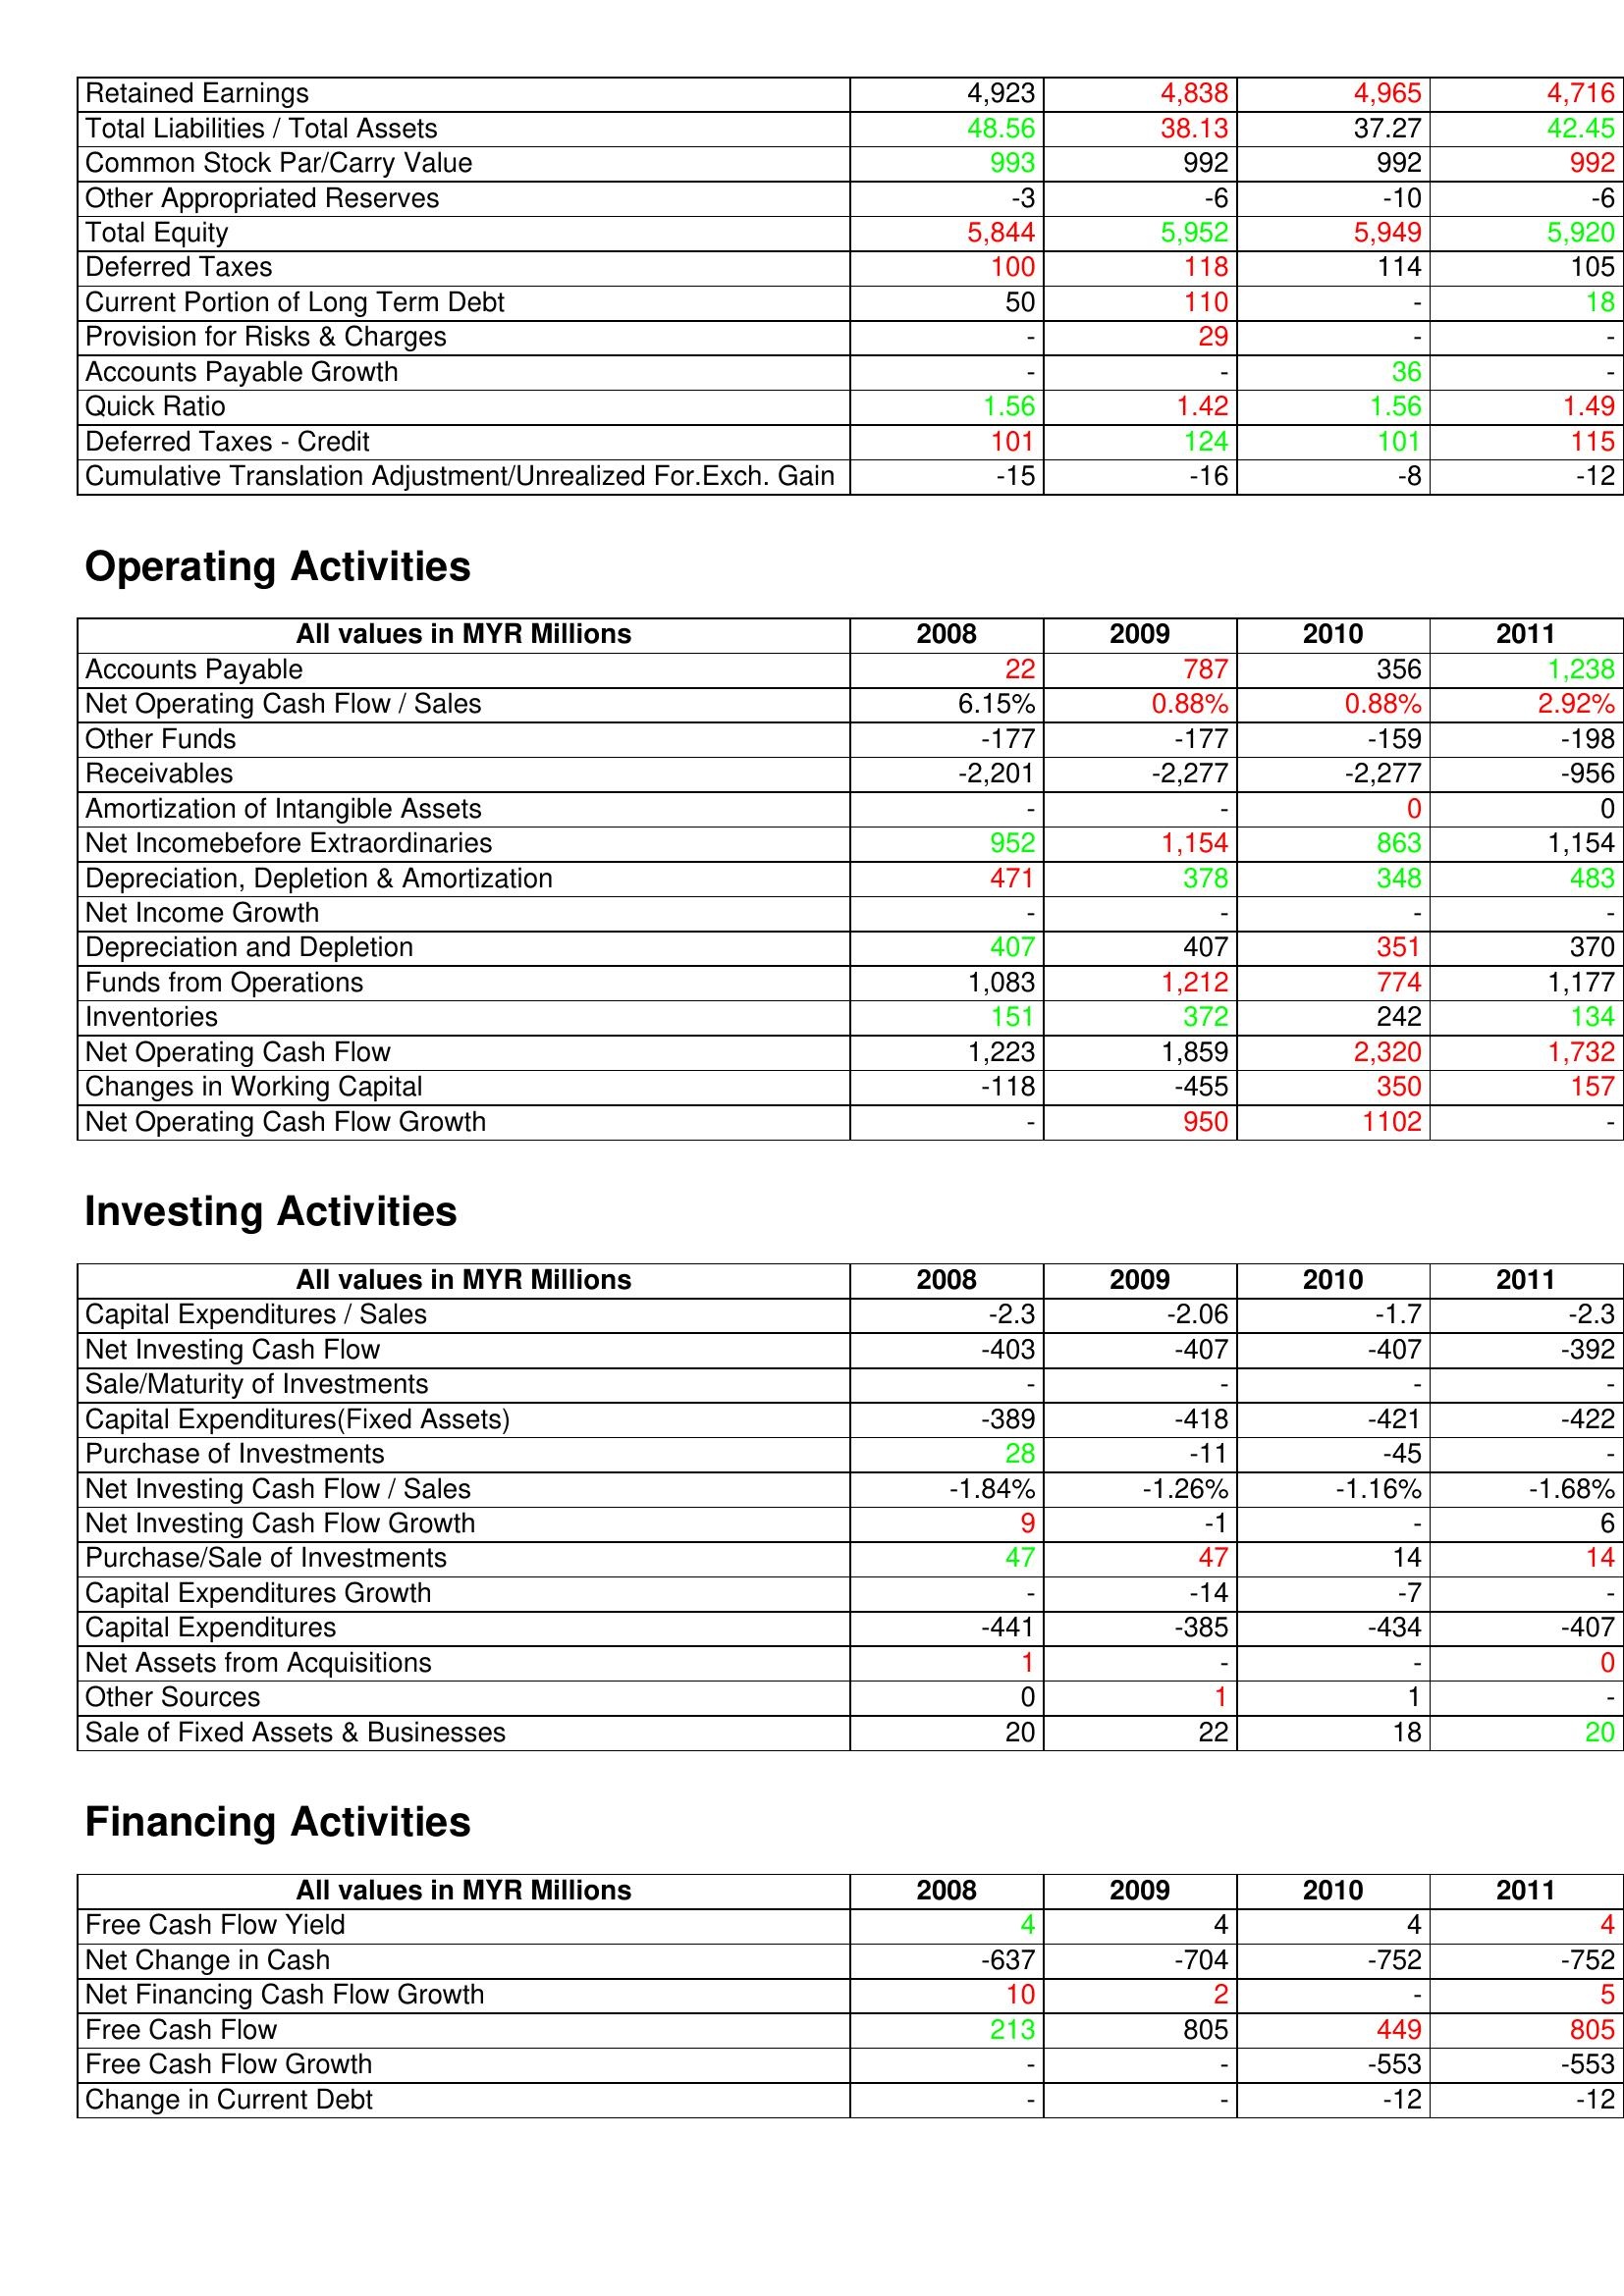
gt_parse: 2008: Liabilities & Shareholder's Equity: Retained Earnings: 4,923
Total Liabilities / Total Assets: 48.56
Common Stock Par/Carry Value: 993
Other Appropriated Reserves: -3
Total Equity: 5,844
Deferred Taxes: 100
Current Portion of Long Term Debt: 50
Provision for Risks & Charges: -
Accounts Payable Growth: -
Quick Ratio: 1.56
Deferred Taxes - Credit: 101
Cumulative Translation Adjustment/Unrealized For.Exch. Gain: -15
Operating Activities: Accounts Payable: 22
Net Operating Cash Flow / Sales: 6.15%
Other Funds: -177
Receivables: -2,201
Amortization of Intangible Assets: -
Net Incomebefore Extraordinaries: 952
Depreciation, Depletion & Amortization: 471
Net Income Growth: -
Depreciation and Depletion: 407
Funds from Operations: 1,083
Inventories: 151
Net Operating Cash Flow: 1,223
Changes in Working Capital: -118
Net Operating Cash Flow Growth: -
Investing Activities: Capital Expenditures / Sales: -2.3
Net Investing Cash Flow: -403
Sale/Maturity of Investments: -
Capital Expenditures(Fixed Assets): -389
Purchase of Investments: 28
Net Investing Cash Flow / Sales: -1.84%
Net Investing Cash Flow Growth: 9
Purchase/Sale of Investments: 47
Capital Expenditures Growth: -
Capital Expenditures: -441
Net Assets from Acquisitions: 1
Other Sources: 0
Sale of Fixed Assets & Businesses: 20
Financing Activities: Free Cash Flow Yield: 4
Net Change in Cash: -637
Net Financing Cash Flow Growth: 10
Free Cash Flow: 213
Free Cash Flow Growth: -
Change in Current Debt: -
2009: Liabilities & Shareholder's Equity: Retained Earnings: 4,838
Total Liabilities / Total Assets: 38.13
Common Stock Par/Carry Value: 992
Other Appropriated Reserves: -6
Total Equity: 5,952
Deferred Taxes: 118
Current Portion of Long Term Debt: 110
Provision for Risks & Charges: 29
Accounts Payable Growth: -
Quick Ratio: 1.42
Deferred Taxes - Credit: 124
Cumulative Translation Adjustment/Unrealized For.Exch. Gain: -16
Operating Activities: Accounts Payable: 787
Net Operating Cash Flow / Sales: 0.88%
Other Funds: -177
Receivables: -2,277
Amortization of Intangible Assets: -
Net Incomebefore Extraordinaries: 1,154
Depreciation, Depletion & Amortization: 378
Net Income Growth: -
Depreciation and Depletion: 407
Funds from Operations: 1,212
Inventories: 372
Net Operating Cash Flow: 1,859
Changes in Working Capital: -455
Net Operating Cash Flow Growth: 950
Investing Activities: Capital Expenditures / Sales: -2.06
Net Investing Cash Flow: -407
Sale/Maturity of Investments: -
Capital Expenditures(Fixed Assets): -418
Purchase of Investments: -11
Net Investing Cash Flow / Sales: -1.26%
Net Investing Cash Flow Growth: -1
Purchase/Sale of Investments: 47
Capital Expenditures Growth: -14
Capital Expenditures: -385
Net Assets from Acquisitions: -
Other Sources: 1
Sale of Fixed Assets & Businesses: 22
Financing Activities: Free Cash Flow Yield: 4
Net Change in Cash: -704
Net Financing Cash Flow Growth: 2
Free Cash Flow: 805
Free Cash Flow Growth: -
Change in Current Debt: -
2010: Liabilities & Shareholder's Equity: Retained Earnings: 4,965
Total Liabilities / Total Assets: 37.27
Common Stock Par/Carry Value: 992
Other Appropriated Reserves: -10
Total Equity: 5,949
Deferred Taxes: 114
Current Portion of Long Term Debt: -
Provision for Risks & Charges: -
Accounts Payable Growth: 36
Quick Ratio: 1.56
Deferred Taxes - Credit: 101
Cumulative Translation Adjustment/Unrealized For.Exch. Gain: -8
Operating Activities: Accounts Payable: 356
Net Operating Cash Flow / Sales: 0.88%
Other Funds: -159
Receivables: -2,277
Amortization of Intangible Assets: 0
Net Incomebefore Extraordinaries: 863
Depreciation, Depletion & Amortization: 348
Net Income Growth: -
Depreciation and Depletion: 351
Funds from Operations: 774
Inventories: 242
Net Operating Cash Flow: 2,320
Changes in Working Capital: 350
Net Operating Cash Flow Growth: 1102
Investing Activities: Capital Expenditures / Sales: -1.7
Net Investing Cash Flow: -407
Sale/Maturity of Investments: -
Capital Expenditures(Fixed Assets): -421
Purchase of Investments: -45
Net Investing Cash Flow / Sales: -1.16%
Net Investing Cash Flow Growth: -
Purchase/Sale of Investments: 14
Capital Expenditures Growth: -7
Capital Expenditures: -434
Net Assets from Acquisitions: -
Other Sources: 1
Sale of Fixed Assets & Businesses: 18
Financing Activities: Free Cash Flow Yield: 4
Net Change in Cash: -752
Net Financing Cash Flow Growth: -
Free Cash Flow: 449
Free Cash Flow Growth: -553
Change in Current Debt: -12
2011: Liabilities & Shareholder's Equity: Retained Earnings: 4,716
Total Liabilities / Total Assets: 42.45
Common Stock Par/Carry Value: 992
Other Appropriated Reserves: -6
Total Equity: 5,920
Deferred Taxes: 105
Current Portion of Long Term Debt: 18
Provision for Risks & Charges: -
Accounts Payable Growth: -
Quick Ratio: 1.49
Deferred Taxes - Credit: 115
Cumulative Translation Adjustment/Unrealized For.Exch. Gain: -12
Operating Activities: Accounts Payable: 1,238
Net Operating Cash Flow / Sales: 2.92%
Other Funds: -198
Receivables: -956
Amortization of Intangible Assets: 0
Net Incomebefore Extraordinaries: 1,154
Depreciation, Depletion & Amortization: 483
Net Income Growth: -
Depreciation and Depletion: 370
Funds from Operations: 1,177
Inventories: 134
Net Operating Cash Flow: 1,732
Changes in Working Capital: 157
Net Operating Cash Flow Growth: -
Investing Activities: Capital Expenditures / Sales: -2.3
Net Investing Cash Flow: -392
Sale/Maturity of Investments: -
Capital Expenditures(Fixed Assets): -422
Purchase of Investments: -
Net Investing Cash Flow / Sales: -1.68%
Net Investing Cash Flow Growth: 6
Purchase/Sale of Investments: 14
Capital Expenditures Growth: -
Capital Expenditures: -407
Net Assets from Acquisitions: 0
Other Sources: -
Sale of Fixed Assets & Businesses: 20
Financing Activities: Free Cash Flow Yield: 4
Net Change in Cash: -752
Net Financing Cash Flow Growth: 5
Free Cash Flow: 805
Free Cash Flow Growth: -553
Change in Current Debt: -12